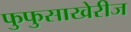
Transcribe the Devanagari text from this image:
फुफुसाखेरीज